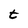
Character: t